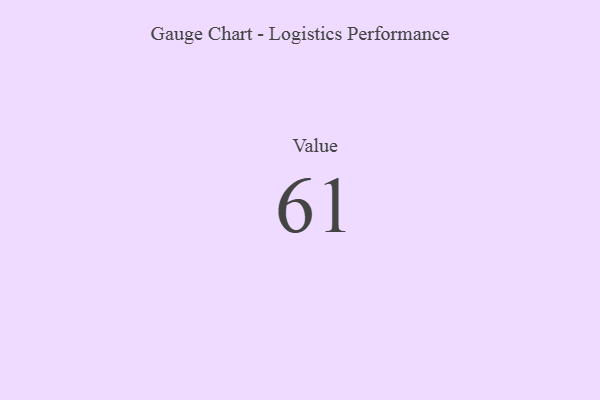
{"axis": {"x": "Metric", "y": "Value"}, "legend": [""], "data": [{"x": "Value", "y": 61, "type": ""}]}